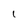
Character: 1